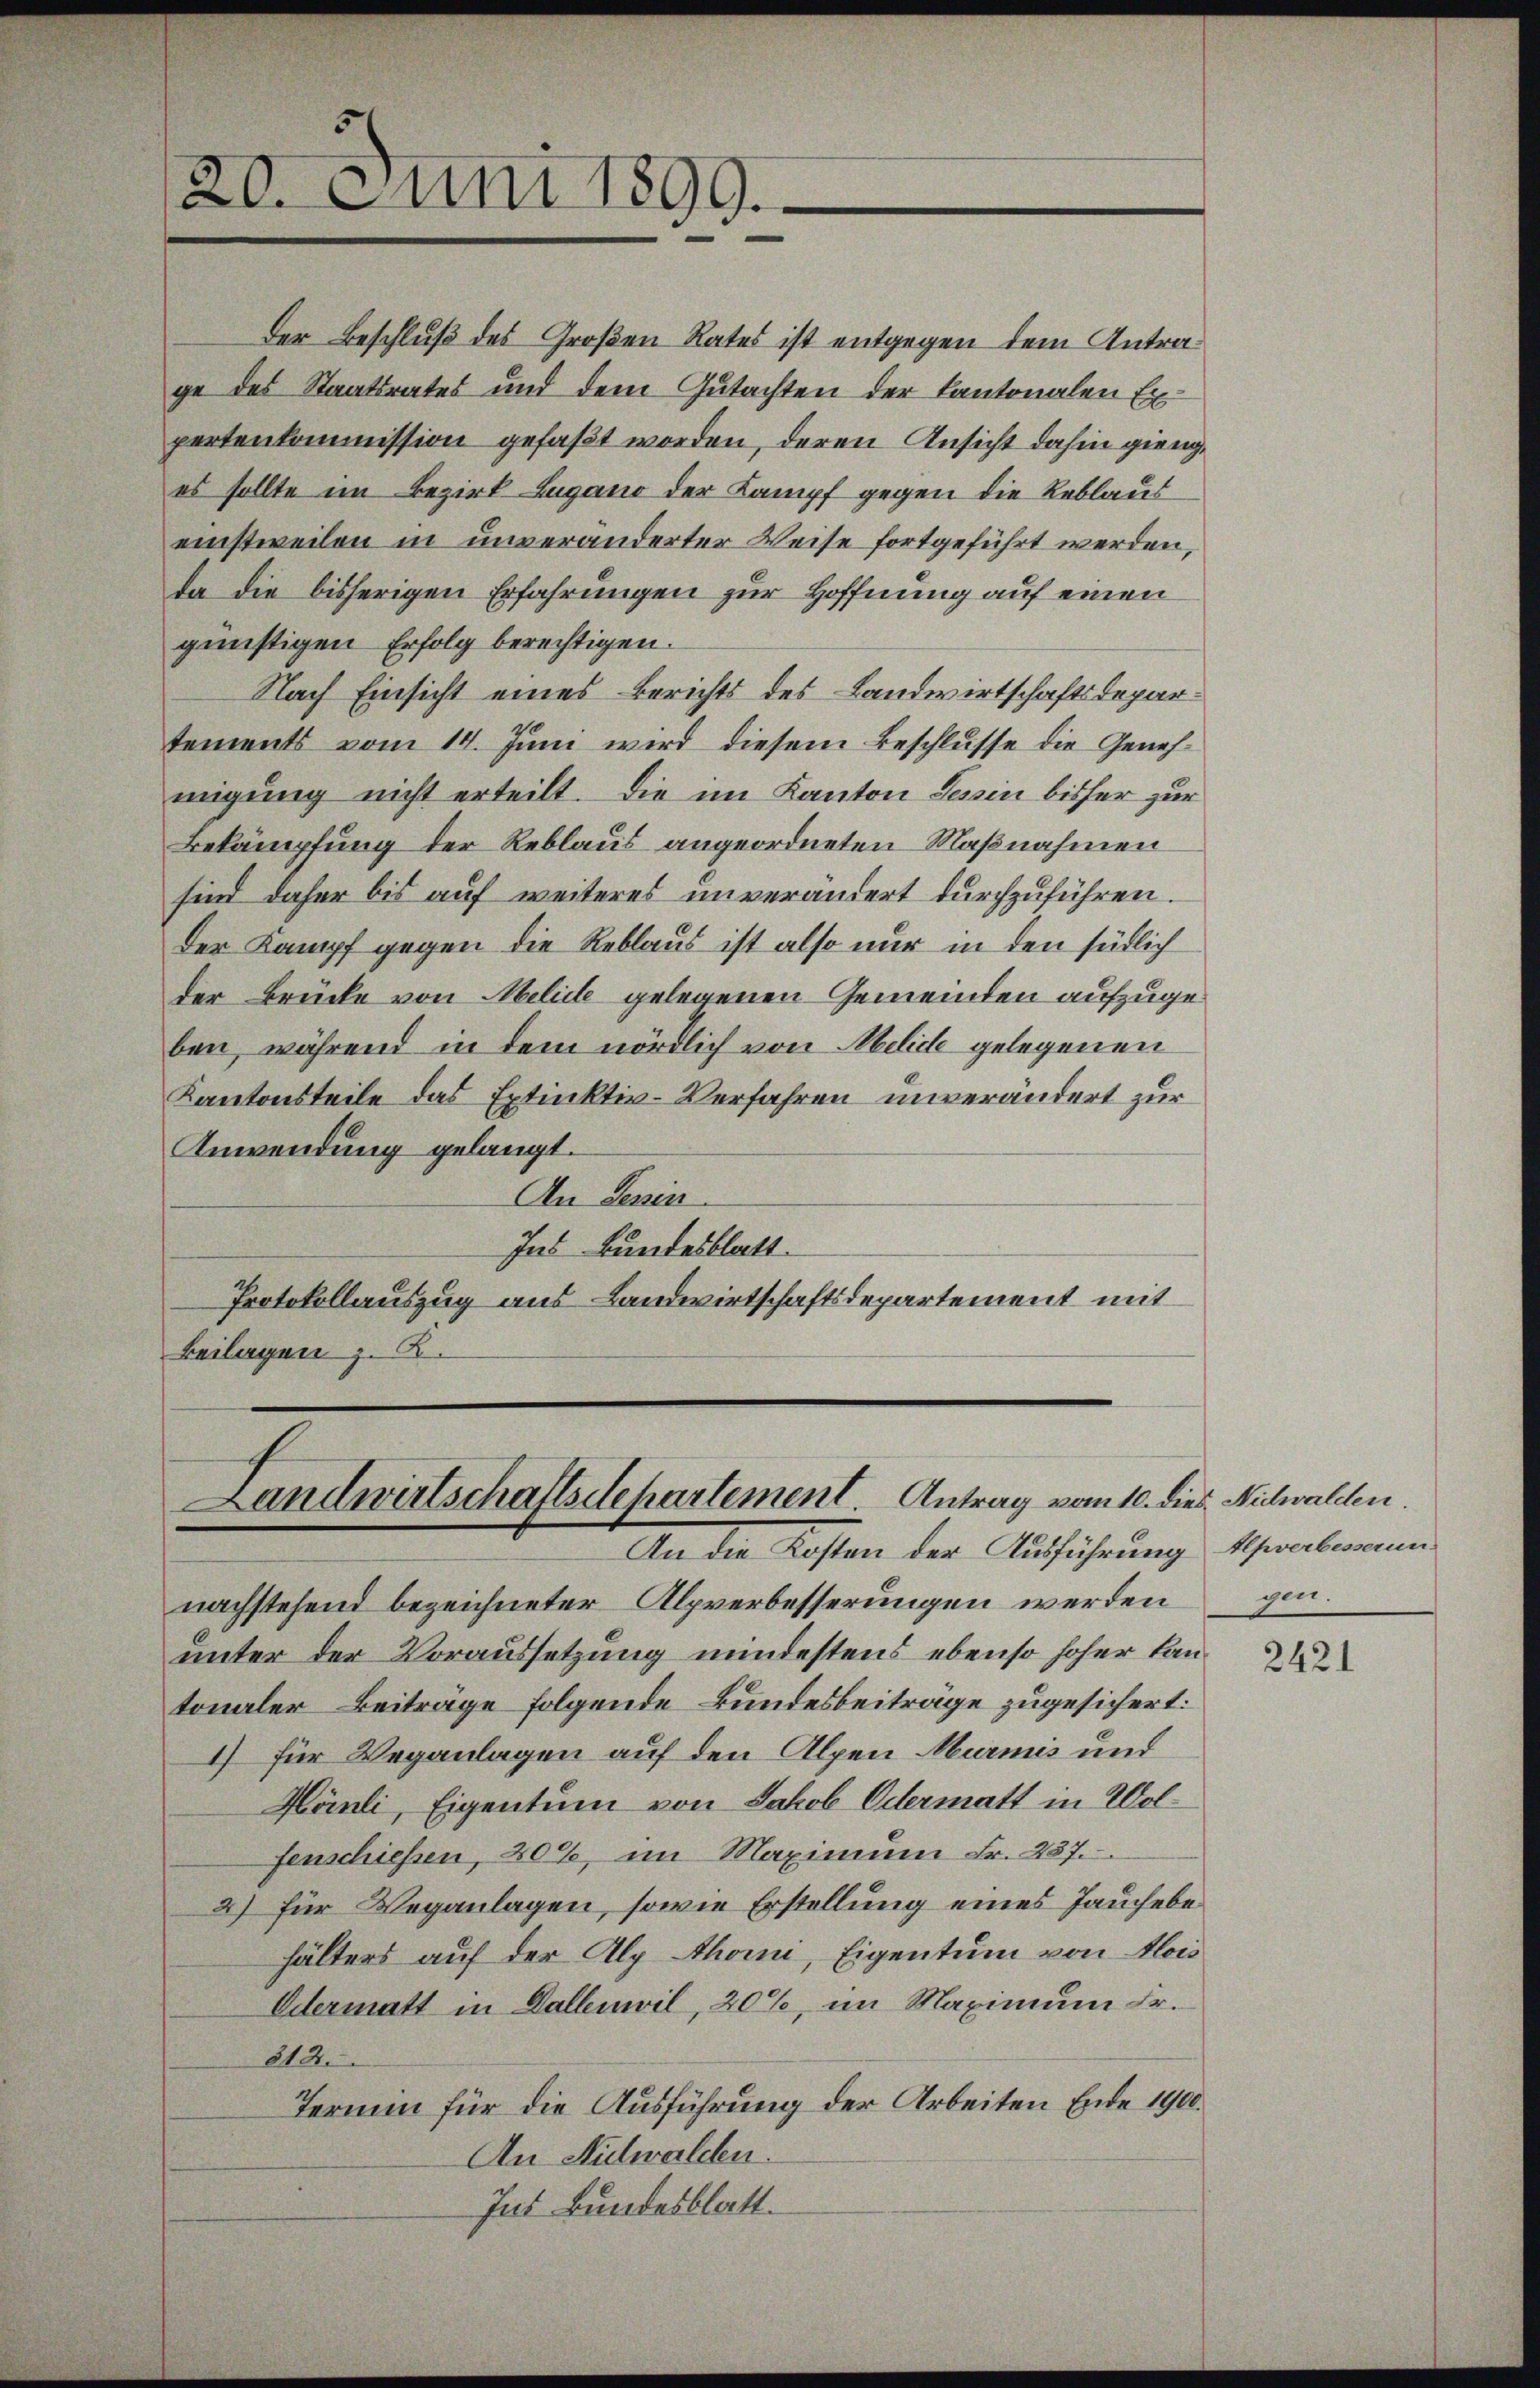
20. Juni 1899.

der Beschluß des Großen Rates ist entgegen dem Antrage des Staatsrates und dem Gutachten der Kantonalen Expertenkommission gefaßt worden, deren Ansicht dahin gienge
es sollte im Bezirk Lugano der Kampf gegen die Reblaus
einstweilen in unveränderter Weise fortgeführt werden,
da die bisherigen Erfahrungen zur Hoffnung auf einen
günstigen Erfolg berechtigen.
Nach Einsicht eines Berichts des Landwirtschaftsdepartements vom 14. Juni wird diesem Beschlusse die Genehmigung nicht erteilt. Die im Kanton Tessin bisher zur
Bekämpfung der Reblaus angeordneten Maßnahmen
sind daher bis auf weiteres unverändert durchzuführen.
Der Kampf gegen die Reblaus ist also nur in den südlich
der Brücke von Melicte gelegenen Gemeinden aufzugeben, während in dem nördlich von Melide gelegenen
Kantonsteile das Extinktiv-Verfahren unverändert zur
Anwendung gelangt.
An Jenin
Ins Bundesblatt.
Protokollauszug aus Landwirtschaftsdepartement mit
Beilagen z. B.

Landwirtschaftsdepartement. Antrag vom 10. dies Nichwalden
An die Kosten der Ausführung Alpverbesserun

nachstehend bezeichneter Alpverbesserungen werden
unter der Voraussetzung mindestens ebenso hoher Lantonaler Beiträge folgende Bundesbeiträge zugesichert:
1) für Veranlagen auf den Alpen Murmis und
Hörnli, Eigentum von Jakob Odermatt in Wolfenschiessen, 20%, im Maximum Fr. 287.
2) für Beganlagen, sowie Erstellung eines Jauchebehälters auf der Alp thomi, Eigentum von Alois
Odermatt in Dallenwil, 20%, im Maximum Fr.
812.
Termin für die Ausführung der Arbeiten Ende 1900.
An Nulwalden.
Ins Bundesblatt.

gen.

2421